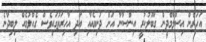
އަހަރެން އިސްލާމްދީން ގަބޫލުކުރީ އިންސާނާ އަށް ދުނިޔެއާއި އަދި އާހިރަތުގައިވެސް ގެއްލުމެއް ލިބިދާނެ